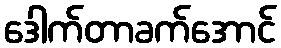
ဒေါက်တာခက်အောင်